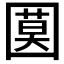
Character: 𡈗